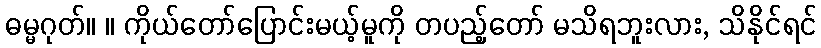
ဓမ္မဂုတ်။ ။ ကိုယ်တော်ပြောင်းမယ့်မူကို တပည့်တော် မသိရဘူးလား, သိနိုင်ရင်